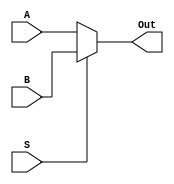
module mux2x1(A, B, S, Out);
input [3:0] A, B; 
input S;
output [3:0] Out;

assign Out = S?B:A;

endmodule